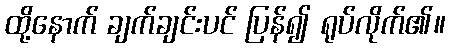
ထို့နောက် ချက်ချင်းပင် ပြန်၍ ရုပ်လိုက်၏။